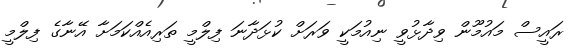
ރައީސް މައުމޫން ވިދާޅުވީ ނިއުމަކީ ވަރަށް ކުޅަދާނަ ފިލްމީ ތަރިއެއްކަމަށާ އޭނާގެ ފިލްމީ